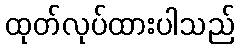
ထုတ်လုပ်ထားပါသည်